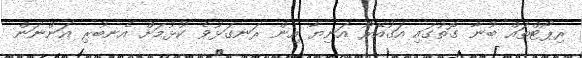
ރިޕޯޓްތައް ބުނާ ގޮތުގައި އަގުއޭރޯ އަނިޔާ އިން ރަނގަޅުވެ ކުޅުމަށް އެނބުރި އަންނަން